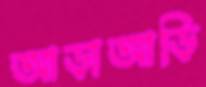
আড়াআড়ি